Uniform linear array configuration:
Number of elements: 16
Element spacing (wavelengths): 0.5
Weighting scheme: hann
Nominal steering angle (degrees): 45
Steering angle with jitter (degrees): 45.237
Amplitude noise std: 0.05
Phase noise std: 0.05

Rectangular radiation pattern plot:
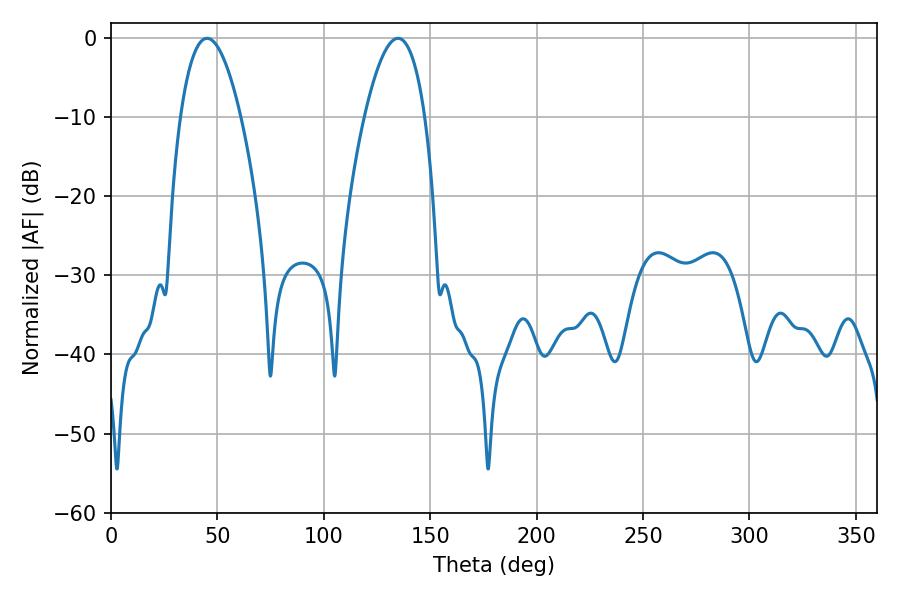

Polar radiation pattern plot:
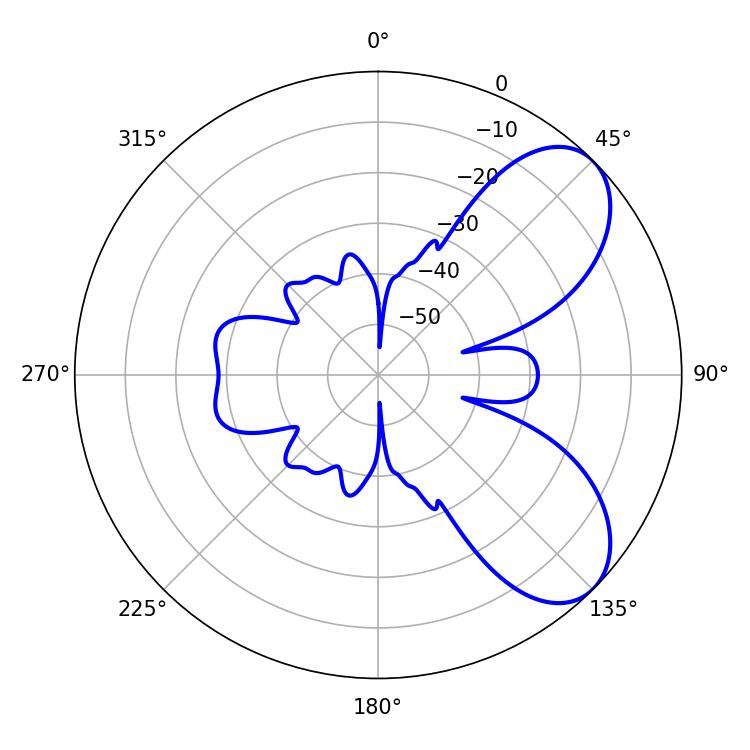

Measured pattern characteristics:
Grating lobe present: FALSE
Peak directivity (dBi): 6.804
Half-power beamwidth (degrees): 15.66
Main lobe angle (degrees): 45.18